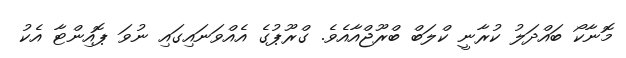
މޮނާކޯ ބައްދަލު ކުރާނީ ކްލަބް ބްރޫޖްއާއެވެ. ގްރޫޕުގެ އެއްވަނައިގައި ނުވަ ޕޮއިންޓާ އެކު